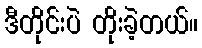
ဒီတိုင်းပဲ တိုးခဲ့တယ်။